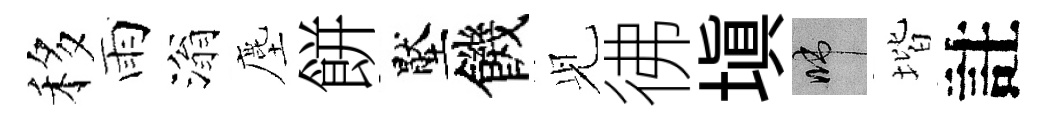
移雨滃塵餅壓饑𫤗彿塡啼堦註